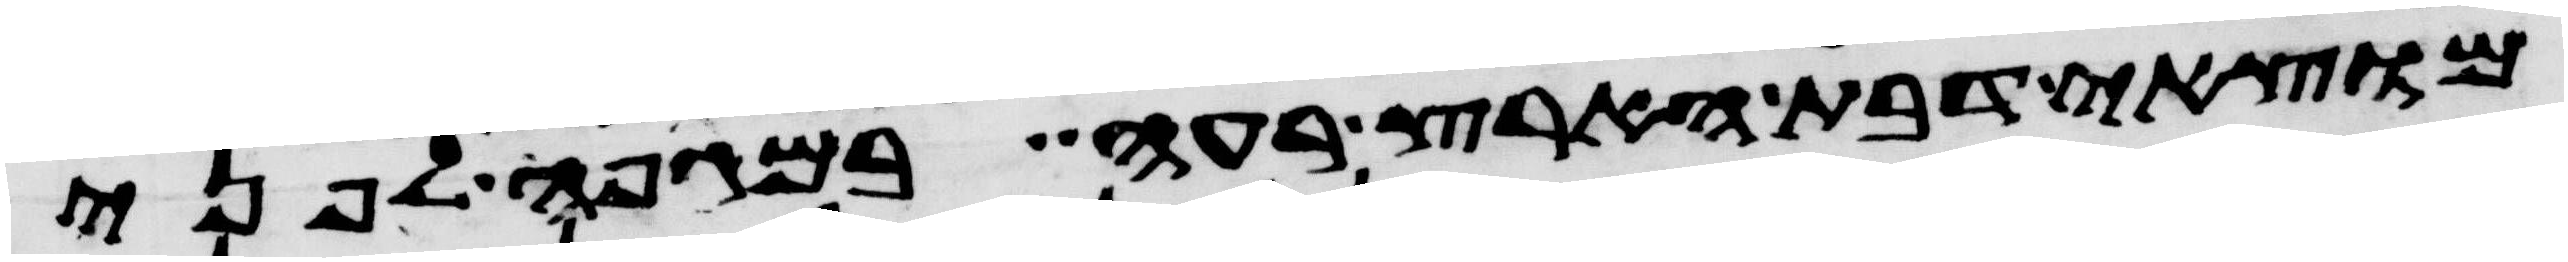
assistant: מוצאי דבת הארץ רעה במגפה לפני